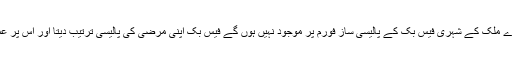
تو جب تک ہمارے ملک کے شہری فیس بک کے پالیسی ساز فورم پر موجود نہیں ہوں گے فیس بک اپنی مرضی کی پالیسی ترتیب دیتا اور اس پر عمل کرتا رہے گا۔